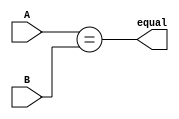
module equality_comparator (
    input wire [31:0] A,
    input wire [31:0] B,
    output wire equal
);

assign equal = A == B;

endmodule